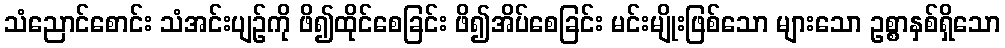
သံညောင်စောင်း သံအင်းပျဉ်ကို ဖိ၍ထိုင်စေခြင်း ဖိ၍အိပ်စေခြင်း မင်းမျိုးဖြစ်သော များသော ဥစ္စာနှစ်ရှိသော